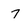
Character: 7